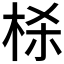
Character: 𬂮